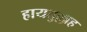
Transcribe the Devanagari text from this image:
हायतुल्लाह